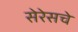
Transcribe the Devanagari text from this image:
सेरेसचे